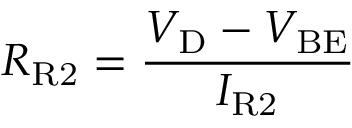
R _ { \mathrm { R 2 } } = { \frac { V _ { \mathrm { D } } - V _ { \mathrm { B E } } } { I _ { \mathrm { R 2 } } } }